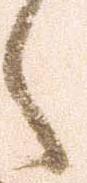
之